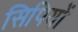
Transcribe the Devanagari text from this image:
सिपियों